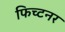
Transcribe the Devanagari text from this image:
फिच्टनर